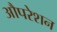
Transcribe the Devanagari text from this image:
औपरेशन